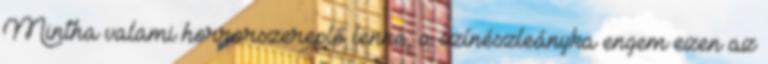
Mintha valami horrorszereplő lenne, a színészleányka engem ezen az